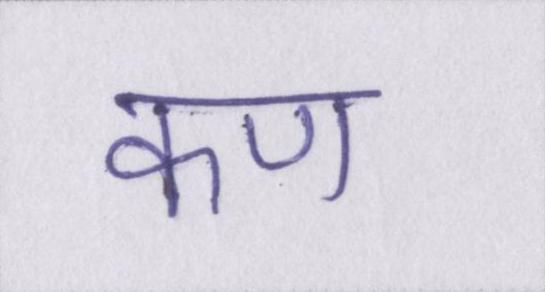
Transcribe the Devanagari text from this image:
कण